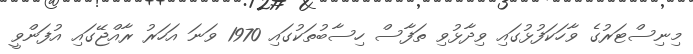
މިނިސްޓަރުގެ ވާހަކަފުޅުގައި ވިދާޅުވި ތަފާސް ހިސާބުތަކުގައި 1970 ވަނަ އަހަރު ރާއްޖޭގައި އުފަންވީ